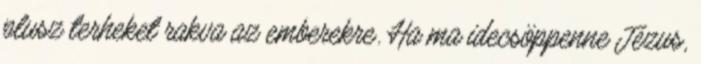
plusz terheket rakva az emberekre. Ha ma idecsöppenne Jézus,